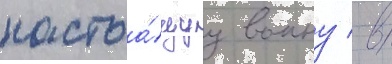
настоа́щуу воину / в